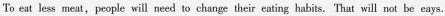
To eat less meat,people will need to change their eating habits. That will not be eays.